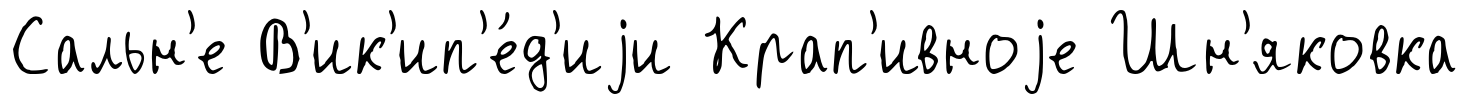
Сальн'е В'ик'ип'е́д'иjи Крап'ивноjе Шн'яковка